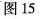
图15